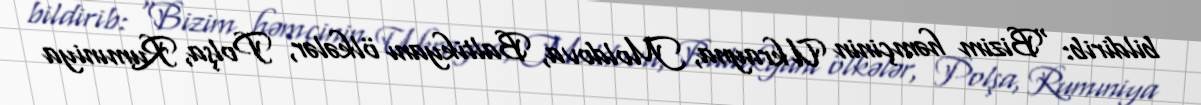
bildirib: “Bizim həmçinin Ukrayna, Moldova, Baltikyanı ölkələr, Polşa, Rumıniya